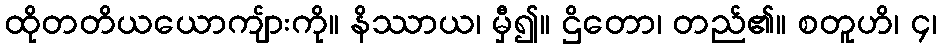
ထိုတတိယယောကျ်ားကို။ နိဿာယ၊ မှီ၍။ ဌိတော၊ တည်၏။ စတူဟိ၊ ၄၊